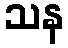
သန